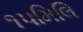
૧૫મિલિ